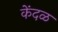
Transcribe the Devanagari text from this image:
केंदळ